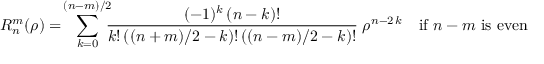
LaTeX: R _ { n } ^ { m } ( \rho ) = \! \sum _ { k = 0 } ^ { ( n - m ) / 2 } \! \! \! { \frac { ( - 1 ) ^ { k } \, ( n - k ) ! } { k ! \, ( ( n + m ) / 2 - k ) ! \, ( ( n - m ) / 2 - k ) ! } } \; \rho ^ { n - 2 \, k } \quad { \mathrm { i f ~ } } n - m { \mathrm { ~ i s ~ e v e n } }